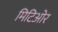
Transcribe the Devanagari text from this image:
मिटिओर